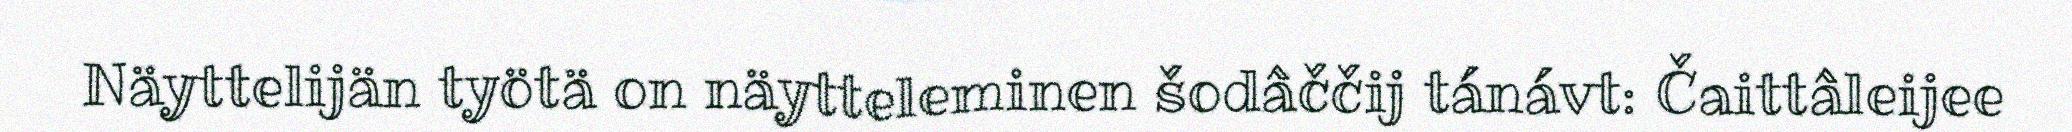
Näyttelijän työtä on näytteleminen šodâččij tánávt: Čaittâleijee